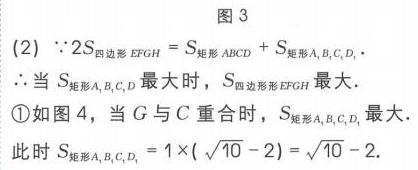
图3
(2) \(\because 2S_{四边形EFGH}=S_{矩形ABCD}+S_{矩形A_{1}B_{1}C_{1}D_{1}}\).
\(\therefore\)当\(S_{矩形A_{1}B_{1}C_{1}D_{1}}\)最大时，\(S_{四边形EFGH}\)最大.
\textcircled{1}如图4，当\(G\)与\(C\)重合时，\(S_{矩形A_{1}B_{1}C_{1}D_{1}}\)最大.
此时\(S_{矩形A_{1}B_{1}C_{1}D_{1}} = 1\times(\sqrt{10}-2)=\sqrt{10}-2\).